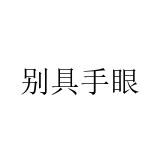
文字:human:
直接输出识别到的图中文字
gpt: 别具手眼